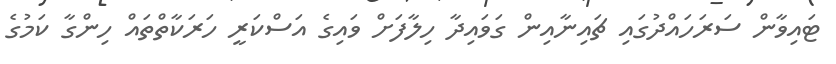
ޓައިވާން ސަރަހައްދުގައި ޗައިނާއިން ގަވައިދާ ހިލާފަށް ވައިގެ އަސްކަރީ ހަރަކާތްތައް ހިންގާ ކަމުގެ